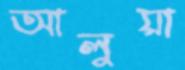
আলুয়া